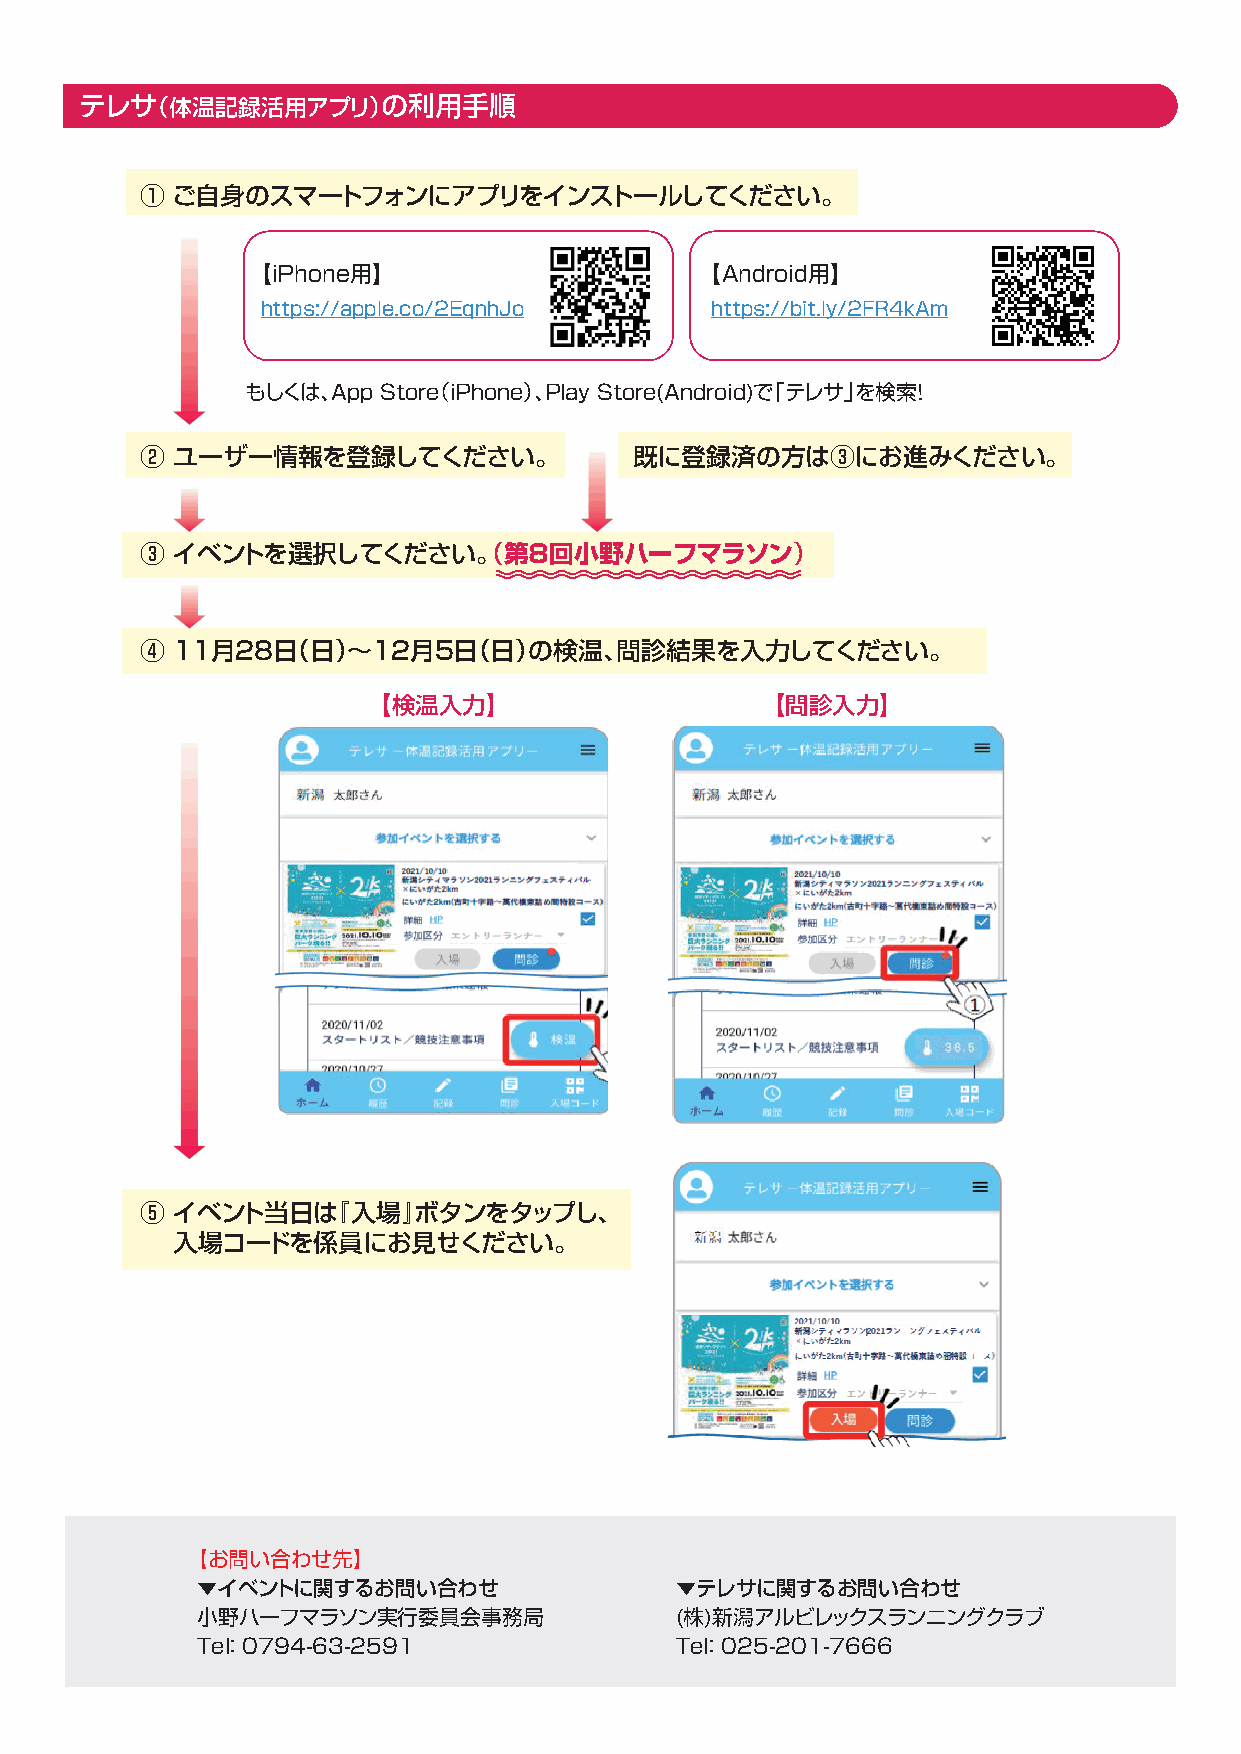
テレサ（体温記録活用アプリ）の利用手順
 ① ご自身のスマートフォンにアプリをインストールしてください。
 【iPhone用】                    【Android用】
 https://apple.co/2EqnhJo      https://bit.ly/2FR4kAm
 もしくは、App Store（iPhone）、Play Store(Android)で「テレサ」を検索！
 ② ユーザー情報を登録してください。               既に登録済の方は③にお進みください。
 ③ イベントを選択してください。（第８回小野ハーフマラソン）
 ④ 11月28日（日）〜12月5日（日）の検温、問診結果を入力してください。
 【検温入力】                    【問診入力】
 ⑤ イベント当日は『入場』ボタンをタップし、
 入場コードを係員にお見せください。
 【お問い合わせ先】
 ▼イベントに関するお問い合わせ                 ▼テレサに関するお問い合わせ
 小野ハーフマラソン実行委員会事務局               (株)新潟アルビレックスランニングクラブ
 Te：l 0794-63-2591               Te：l 025-201-7666